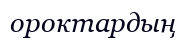
ороктардың